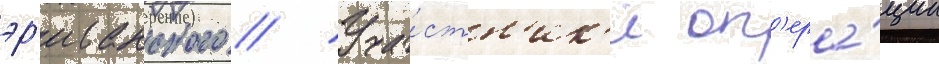
эр'иванского // Уча́стн'ик'и оп'ера́ции